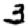
Digit: 3